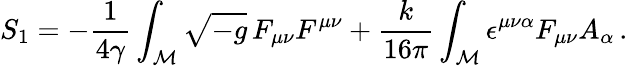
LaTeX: S_{1}=-\frac{1}{4\gamma}\int_{\cal M}\sqrt{-g}\, F_{\mu\nu}F^{\mu\nu}+\frac{k}{16\pi}\int_{\cal M}\epsilon^{\mu\nu\alpha}F_{\mu\nu}A_{\alpha}\, .